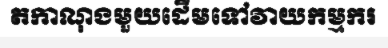
តកាណុងមួយដើមទៅវាយកម្មករ